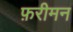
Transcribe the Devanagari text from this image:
फ़रीमन